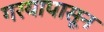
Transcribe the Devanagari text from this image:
गरयापासून